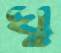
ঘু